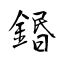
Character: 鍲